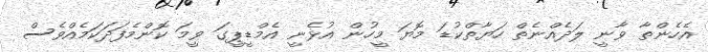
އެހެންތާ ވާނީ ލަދެއްނެތް ހަޔާތްކުޑަ މޮޔަ މީހުން އުޅެނީ އެމްޑީޕީގަ ވީމަ ކޮންމެފަދަކަމެއްވެސް